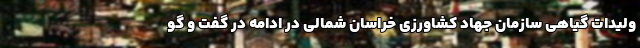
ولیدات گیاهی سازمان جهاد کشاورزی خراسان شمالی در ادامه در گفت و گو